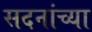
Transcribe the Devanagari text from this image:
सदनांच्या